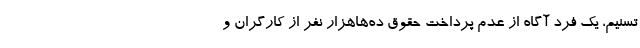
تسنیم، یک فرد آگاه از عدم پرداخت حقوق ده‌هاهزار نفر از کارگران و